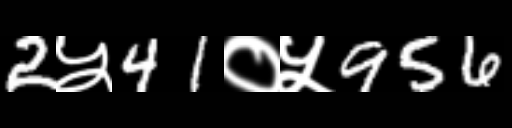
Text: 2५41०५956